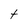
Character: t